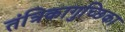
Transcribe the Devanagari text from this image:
तंत्रिकागुच्छिका